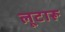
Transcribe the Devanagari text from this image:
लूटारू